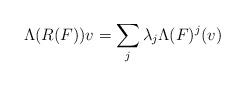
LaTeX: \begin{align*} \Lambda(R(F))v=\sum_j \lambda_j \Lambda(F)^j (v) \end{align*}